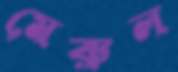
মেরুল